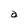
Character: a